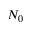
N _ { 0 }